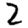
Digit: 2